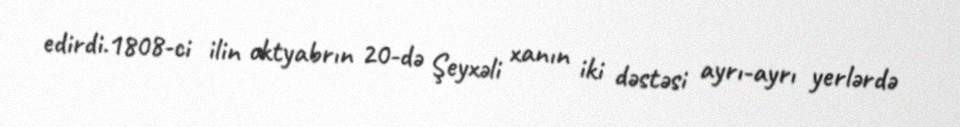
edirdi.1808-ci ilin oktyabrın 20-də Şeyxəli xanın iki dəstəsi ayrı-ayrı yerlərdə